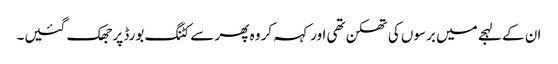
ان کے لہجے میں برسوں کی تھکن تھی اور کہہ کر وہ پھر سے کٹنگ بورڈ پر جھک گئیں۔